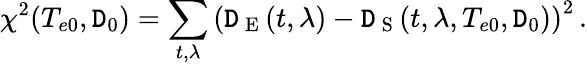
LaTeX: \chi^{2}(T_{e0},\mathtt{D}_{0})=\sum_{t,\lambda}\left(\mathtt{D}_{\mathrm{{~E~}}}(t,\lambda)-\mathtt{D}_{\mathrm{{~S~}}}(t,\lambda,T_{e0},\mathtt{D}_{0})\right)^{2}\, .